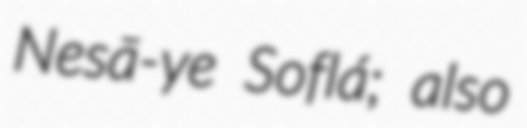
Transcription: Nesā-ye Soflá; also